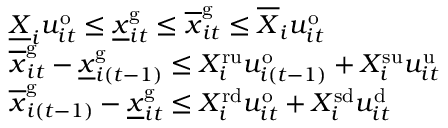
\begin{array} { r l } & { \underline { { X } } _ { i } u _ { i t } ^ { \mathrm { o } } \leq \underline { { x } } _ { i t } ^ { \mathrm { g } } \leq \overline { { x } } _ { i t } ^ { \mathrm { g } } \leq \overline { { X } } _ { i } u _ { i t } ^ { \mathrm { o } } } \\ & { \overline { { x } } _ { i t } ^ { \mathrm { g } } - \underline { { x } } _ { i \left( t - 1 \right) } ^ { \mathrm { g } } \leq X _ { i } ^ { \mathrm { r u } } u _ { i ( t - 1 ) } ^ { \mathrm { o } } + X _ { i } ^ { \mathrm { s u } } u _ { i t } ^ { \mathrm { u } } } \\ & { \overline { { x } } _ { i \left( t - 1 \right) } ^ { \mathrm { g } } - \underline { { x } } _ { i t } ^ { \mathrm { g } } \leq X _ { i } ^ { \mathrm { r d } } u _ { i t } ^ { \mathrm { o } } + X _ { i } ^ { \mathrm { s d } } u _ { i t } ^ { \mathrm { d } } } \end{array}